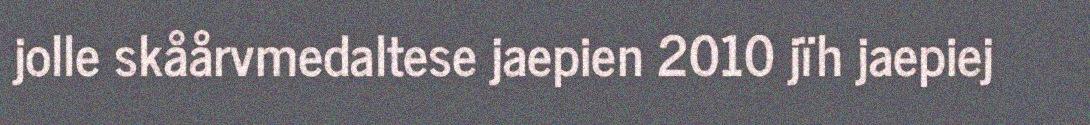
jolle skåårvmedaltese jaepien 2010 jïh jaepiej